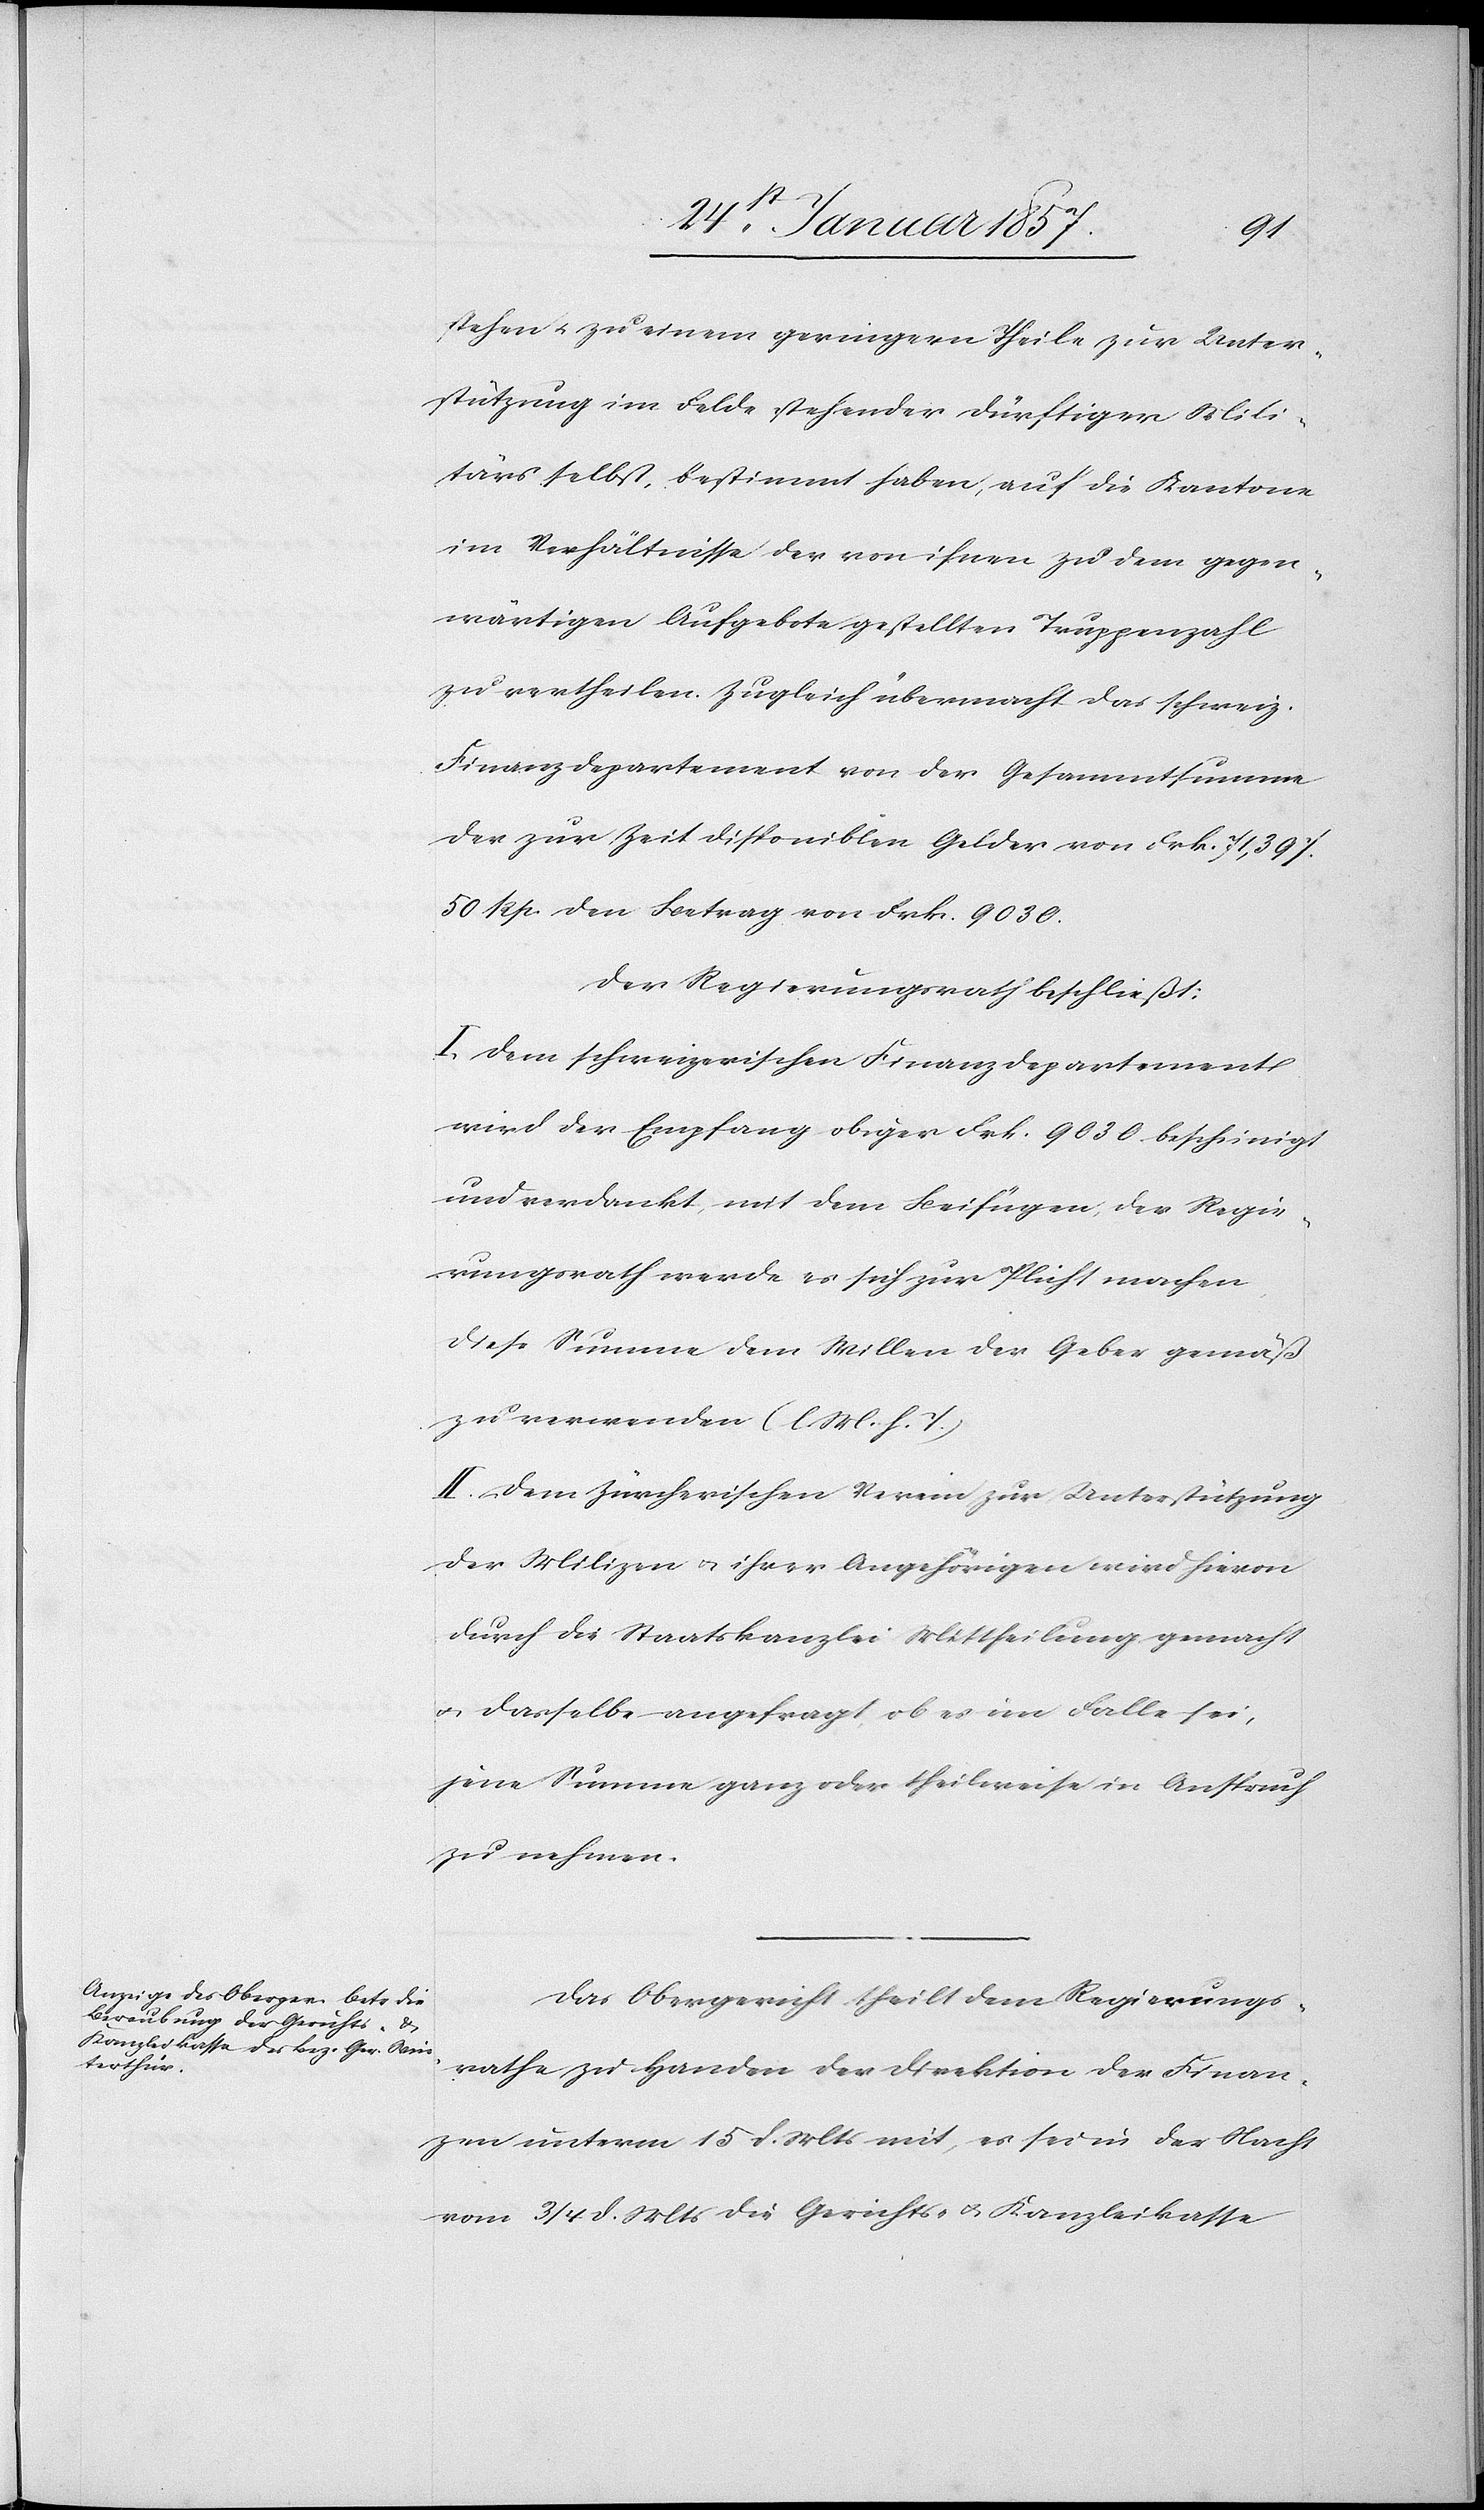
stehen u. zu einem geringern Theile zur Unter¬
stützung im Felde stehender dürftiger Mili¬
tärs selbst bestimmt haben, auf die Kantone
im Verhältnisse der von ihnen zu dem gegen¬
wärtigen Aufgebote gestellten Truppenzahl
zu vertheilen. Zugleich übermacht das schweiz.
Finanzdepartement von der Gesammtsumme
der zur Zeit disponiblen Gelder von Frk. 71,397.
50 Rp. den Betrag von Frk. 9030.
Der Regierungsrath beschließt:
I. Dem schweizerischen Finanzdepartement
wird der Empfang obiger Frk. 9030. bescheinigt
und verdankt, mit dem Beifügen, der Regie¬
rungsrath werde es sich zur Pflicht machen,
diese Summe dem Willen der Geber gemäß
zu verwenden (l. M. h. T.)
II. Dem Zürcherischen Verein zur Unterstützung
der Milizen & ihrer Angehörigen wird hievon
durch die Staatskanzlei Mittheilung gemacht
u. dasselbe angefragt, ob es im Falle sei,
jene Summe ganz oder theilweise in Anspruch
zu nehmen.
Das Obergericht theilt dem Regierungs¬
rathe zu Handen der Direktion der Finan¬
zen unterm 15 d. Mts, es sei in der Nacht
vom 3/4 d. Mts die Gerichts- & Kanzleikasse